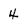
Character: 4